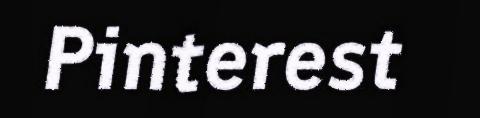
Pinterest